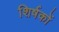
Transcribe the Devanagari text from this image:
शिर्षकों